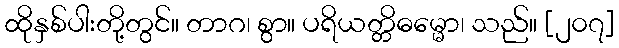
ထိုနှစ်ပါးတို့တွင်။ တာဂ၊ စွာ။ ပရိယတ္တိဓမ္မော၊ သည်။ [၂၀၇]